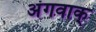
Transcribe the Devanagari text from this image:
अंगवाक्